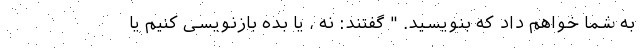
به شما خواهم داد که بنویسید. " گفتند: نه ، یا بده بازنویسی کنیم یا